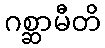
ဂစ္ဆာမီတိ